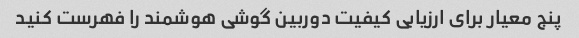
پنج معیار برای ارزیابی کیفیت دوربین گوشی هوشمند را فهرست کنید